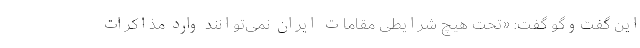
این گفت‌وگو گفت: «تحت هیچ شرایطی مقامات ایران نمی‌توانند وارد مذاکرات